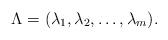
LaTeX: \begin{align*}\Lambda = (\lambda_1, \lambda_2,\ldots, \lambda_m).\end{align*}